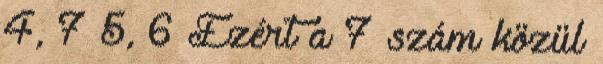
4, 7 5, 6 Ezért a 7 szám közül